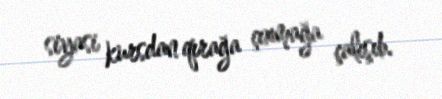
siyasi kursdan qırağa çıxmağa çalışıb.